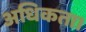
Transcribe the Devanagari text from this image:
अधिकता।